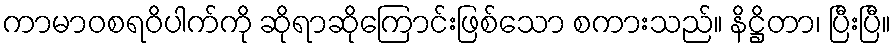
ကာမာဝစရဝိပါက်ကို ဆိုရာဆိုကြောင်းဖြစ်သော စကားသည်။ နိဋ္ဌိတာ၊ ပြီးပြီ။